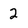
Character: 2